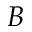
B